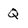
Character: Q